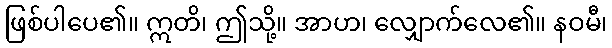
ဖြစ်ပါပေ၏။ ဣတိ၊ ဤသို့။ အာဟ၊ လျှောက်လေ၏။ နဝမီ၊